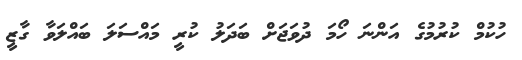
ހުކުމް ކުރުމުގެ އަންނަ ހޯމަ ދުވަޖަށް ބަދަލު ކުރީ މައްސަލަ ބައްލަވާ ގާޒީ